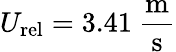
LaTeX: U_{\mathrm{rel}}=3.41~\mathrm{\frac{m}{s}}